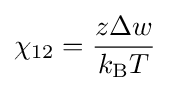
\chi _{12}={\frac {z\Delta w}{k_{\rm {B}}T}}